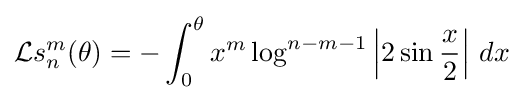
{\mathcal {L}}s_{n}^{m}(\theta )=-\int _{0}^{\theta }x^{m}\log ^{n-m-1}\left|2\sin {\frac {x}{2}}\right|\,dx